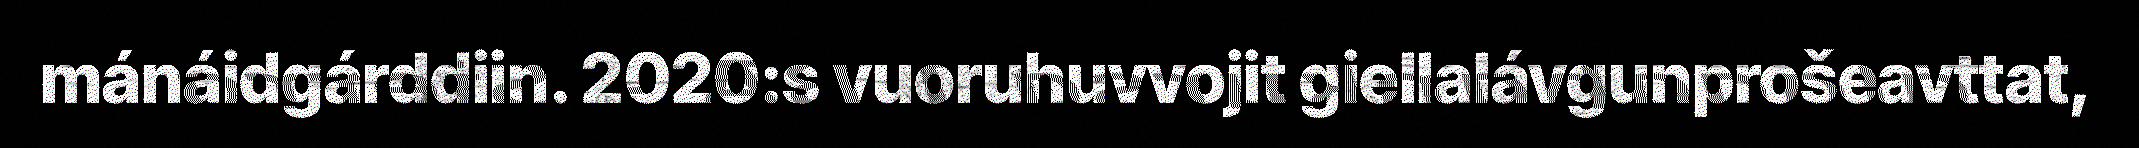
mánáidgárddiin. 2020:s vuoruhuvvojit giellalávgunprošeavttat,